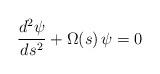
LaTeX: \begin{align*}{{d^2\psi}\over{ds^2}}+ \Omega (s)\, \psi =0\end{align*}